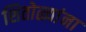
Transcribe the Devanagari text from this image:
शितोळ्यांना